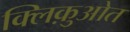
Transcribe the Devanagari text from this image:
क्लिक़ुओत